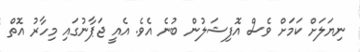
ނިޔަލަށް ކަމަށް ވެސް އޮފިޝަލުން ބުނެ އެވެ. އެއީ ޖަޕާނުގައި މިހާރު އޮތް